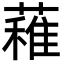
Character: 䕌